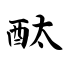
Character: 酞